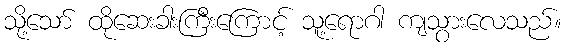
သို့သော် ထိုဆေးခါးကြီးကြောင့် သူ့ရောဂါ ကျသွားလေသည်။